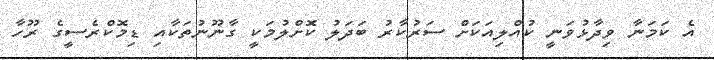
އެ ކަމަނާ ވިދާޅުވަނީ ކުއްލިއަކަށް ސަރުކާރު ބަދަލު ކޮށްލުމަކީ ގާނޫނުތަކާއި ޑިމޮކްރެސީގެ ރޫހާ